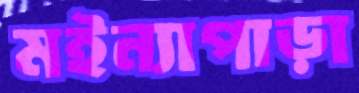
মইন্যাপাড়া